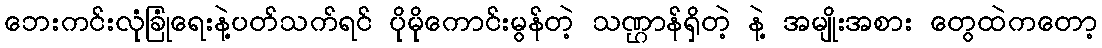
ဘေးကင်းလုံခြုံရေးနဲ့ပတ်သက်ရင် ပိုမိုကောင်းမွန်တဲ့ သဏ္ဌာန်ရှိတဲ့ နဲ့ အမျိုးအစား တွေထဲကတော့